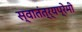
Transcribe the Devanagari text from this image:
स्वातंत्र्यप्रेमी